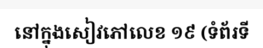
នៅក្នុងសៀវភៅលេខ ១៩ (ទំព័រទី